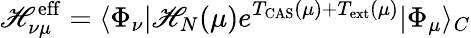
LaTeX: \mathscr{H}_{\nu\mu}^{\mathrm{{eff}}}=\langle\Phi_{\nu}|\mathscr{H}_{N}(\mu)e^{T_{\mathrm{{CAS}}}(\mu)+T_{\mathrm{{ext}}}(\mu)}|\Phi_{\mu}\rangle_{C}